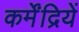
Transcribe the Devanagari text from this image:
कर्मेंद्रियें